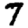
Digit: 7